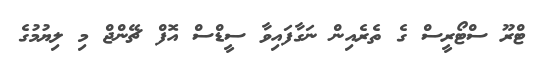
ޓްރޫ ސްޓޯރީސް ގެ ތެރެއިން ނަގާފައިވާ ސީޑްސް އޮފް ޗޭންޖް މި ލިޔުމުގެ